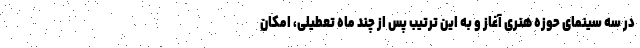
در سه سینمای حوزه هنری آغاز و به این ترتیب پس از چند ماه تعطیلی، امکان